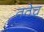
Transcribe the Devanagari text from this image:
तठेच